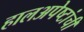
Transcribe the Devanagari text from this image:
हालअपेष्टांची